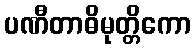
ပဏီတာဓိမုတ္တိကော